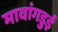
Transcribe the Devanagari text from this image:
मावांगडुई